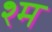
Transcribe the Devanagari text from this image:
श्म